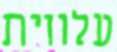
עלווית